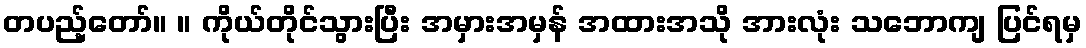
တပည့်တော်။ ။ ကိုယ်တိုင်သွားပြီး အမှားအမှန် အထားအသို အားလုံး သဘောကျ ပြင်ရမှ